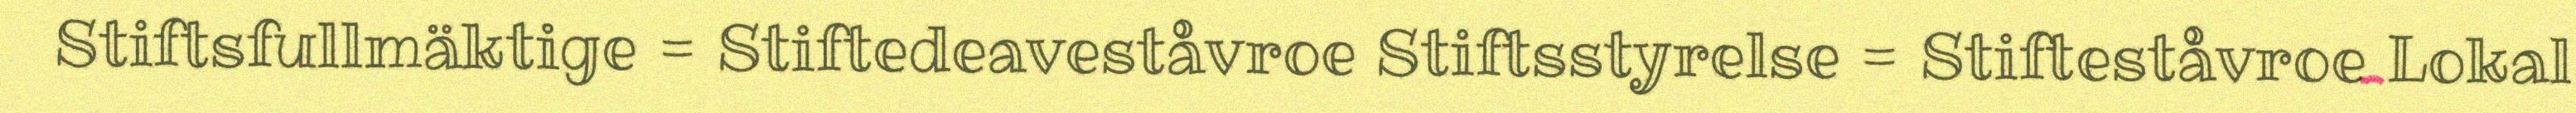
Stiftsfullmäktige = Stiftedeaveståvroe Stiftsstyrelse = Stifteståvroe Lokal